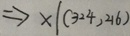
\Rightarrow x \vert ( 3 2 4 , 2 1 6 )